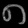
Digit: ၈